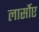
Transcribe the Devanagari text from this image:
लार्सोए